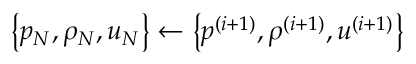
\left\{ p _ { N } , \rho _ { N } , u _ { N } \right\} \gets \left\{ p ^ { ( i + 1 ) } , \rho ^ { ( i + 1 ) } , u ^ { ( i + 1 ) } \right\}